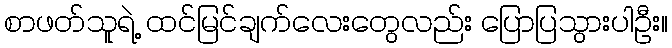
စာဖတ်သူရဲ့ ထင်မြင်ချက်လေးတွေလည်း ပြောပြသွားပါဦး။